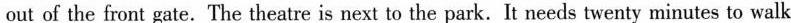
out of the front gate.The theatre is next to the park.It needs twenty minutes to walk